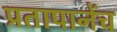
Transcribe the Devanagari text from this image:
प्रतापानेंच